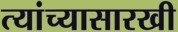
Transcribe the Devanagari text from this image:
त्यांच्यासारखी